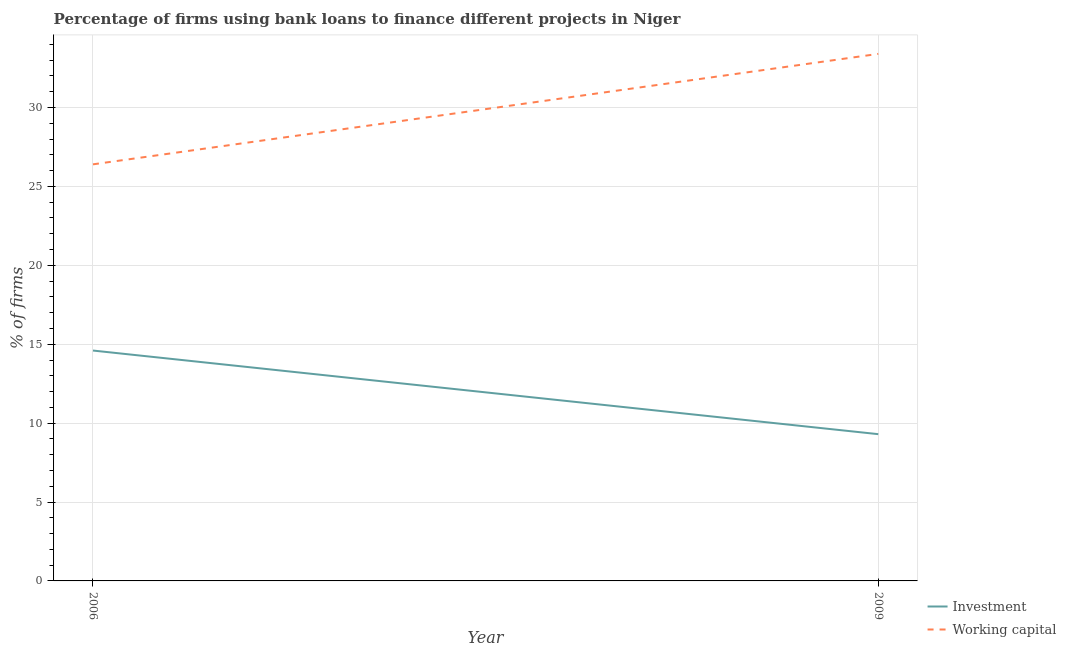
| Year | Investment | Working capital |
 | --- | --- | --- |
 | 2006 | 14.6 | 26.4 |
 | 2009 | 9.3 | 33.4 |